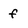
Character: f